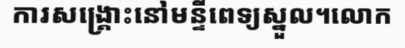
ការសង្គ្រោះនៅមន្ទីពេទ្យស្នួល។លោក